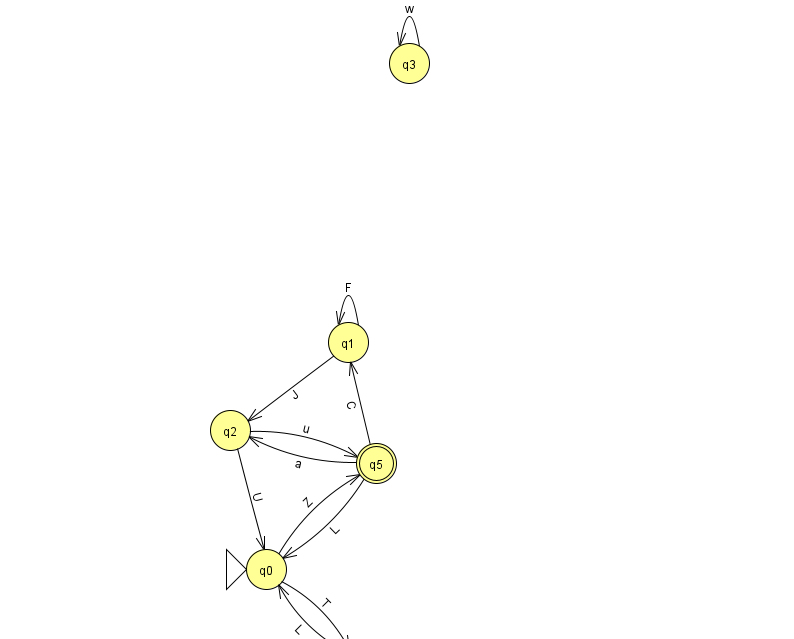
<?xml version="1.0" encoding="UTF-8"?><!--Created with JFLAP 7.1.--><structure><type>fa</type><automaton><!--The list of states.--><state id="0" name="q0"><x>266.0</x><y>556.0</y><initial/></state><state id="1" name="q1"><x>348.0</x><y>329.0</y></state><state id="2" name="q2"><x>230.0</x><y>417.0</y></state><state id="3" name="q3"><x>409.0</x><y>50.0</y></state><state id="4" name="q4"><x>361.0</x><y>651.0</y></state><state id="5" name="q5"><x>376.0</x><y>450.0</y><final/></state><!--The list of transitions.--><transition><from>0</from><to>5</to><read>Z</read></transition><transition><from>0</from><to>4</to><read>T</read></transition><transition><from>5</from><to>2</to><read>a</read></transition><transition><from>5</from><to>1</to><read>C</read></transition><transition><from>1</from><to>1</to><read>F</read></transition><transition><from>2</from><to>5</to><read>u</read></transition><transition><from>3</from><to>3</to><read>w</read></transition><transition><from>5</from><to>0</to><read>L</read></transition><transition><from>4</from><to>0</to><read>L</read></transition><transition><from>2</from><to>0</to><read>U</read></transition><transition><from>1</from><to>2</to><read>J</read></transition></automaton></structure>